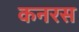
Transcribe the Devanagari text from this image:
कनरस